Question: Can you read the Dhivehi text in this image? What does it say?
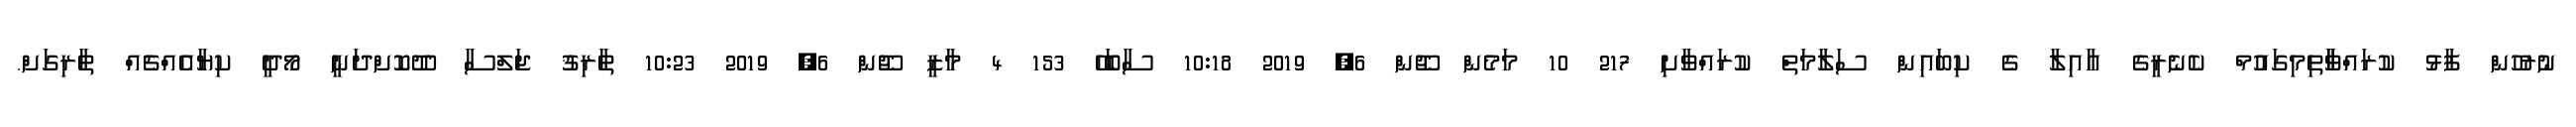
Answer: ނުރުހުން ފާޅު ކުރައްވާާތިމިގައުމް ކެނެރީގެ އާއިލާ ގެ ކިބައިން ސަލާމަތް ކުރައްވާށި 217 10 މަމެން ޖޫން 6, 2019 10:18 ސާބަހޭ 153 4 މާޒީ ޖޫން 6, 2019 10:23 ޠާރިޤު ޖަލްސާ ދޫކޮށްދަނީ މޯދީ ކިޔާއެއްޗެއް ޠާރިގަށް.